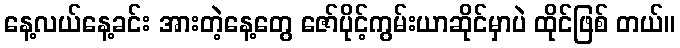
နေ့လယ်နေ့ခင်း အားတဲ့နေ့တွေ ဇော်ပိုင့်ကွမ်းယာဆိုင်မှာပဲ ထိုင်ဖြစ် တယ်။